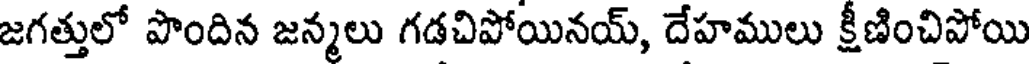
జగత్తులో పొందిన జన్మలు గడచిపోయినయ్, దేహములు క్షీణించిపోయి